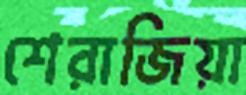
শেরাজিয়া